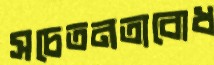
সচেতনতাবোধ